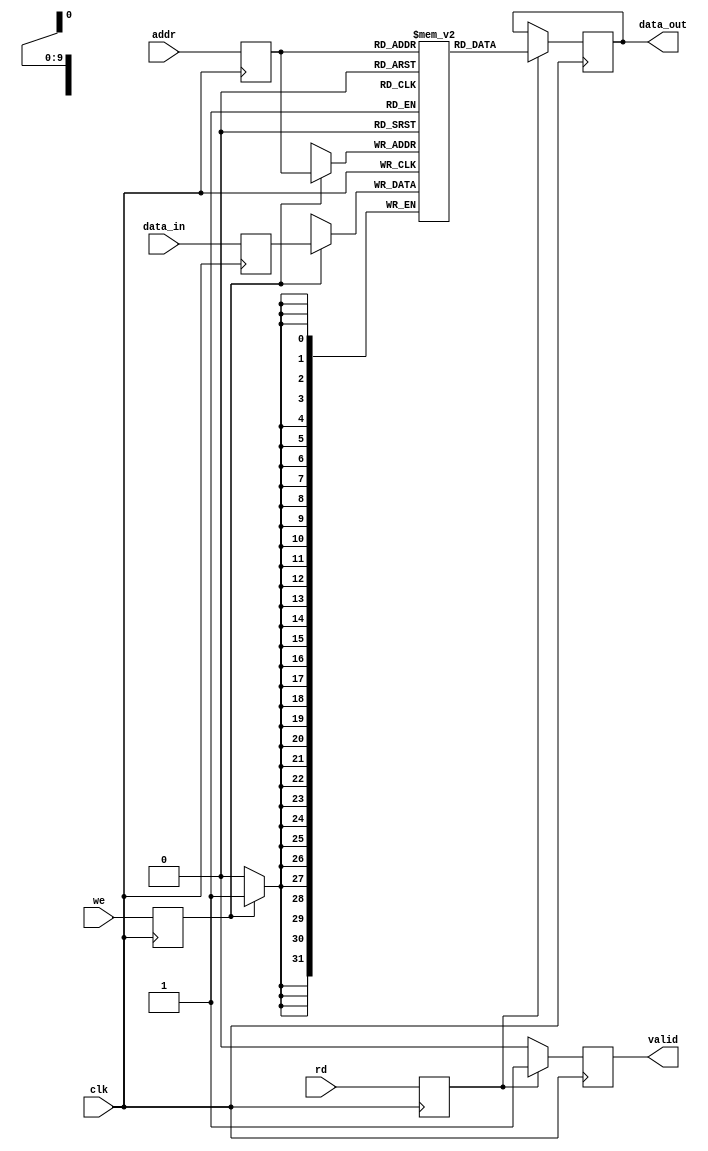
module io_blocks_pipeline_ram #(
    parameter DATA_WIDTH = 32,    // Width of each data word
    parameter ADDR_WIDTH = 10,     // Number of address bits (2^ADDR_WIDTH locations)
    parameter DEPTH = 1 << ADDR_WIDTH // Depth of the RAM
)(
    input wire clk,                // Clock signal
    input wire [ADDR_WIDTH-1:0] addr, // Address input
    input wire [DATA_WIDTH-1:0] data_in, // Data input
    input wire we,                 // Write enable
    input wire rd,                 // Read enable
    output reg [DATA_WIDTH-1:0] data_out, // Data output
    output reg valid               // Valid signal for data_out
);

    // Memory array
    reg [DATA_WIDTH-1:0] mem [0:DEPTH-1];

    // Pipeline registers
    reg [ADDR_WIDTH-1:0] addr_reg;
    reg [DATA_WIDTH-1:0] data_reg;
    reg we_reg;
    reg rd_reg;

    // Stage 1: Latch address and data
    always @(posedge clk) begin
        addr_reg <= addr;
        data_reg <= data_in;
        we_reg <= we;
        rd_reg <= rd;
    end

    // Stage 2: Write operation
    always @(posedge clk) begin
        if (we_reg) begin
            mem[addr_reg] <= data_reg; // Write data to memory
        end
    end

    // Stage 3: Read operation
    always @(posedge clk) begin
        if (rd_reg) begin
            data_out <= mem[addr_reg]; // Read data from memory
            valid <= 1'b1;              // Indicate valid data
        end else begin
            valid <= 1'b0;              // No valid data
        end
    end

endmodule